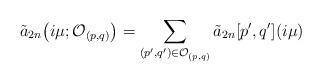
LaTeX: \begin{align*}\tilde{a}_{2n}\big(i\mu;\mathcal{O}_{(p,q)}\big) = \sum_{(p', q')\in \mathcal{O}_{(p,q)}} \tilde{a}_{2n}[p', q'](i\mu)\end{align*}